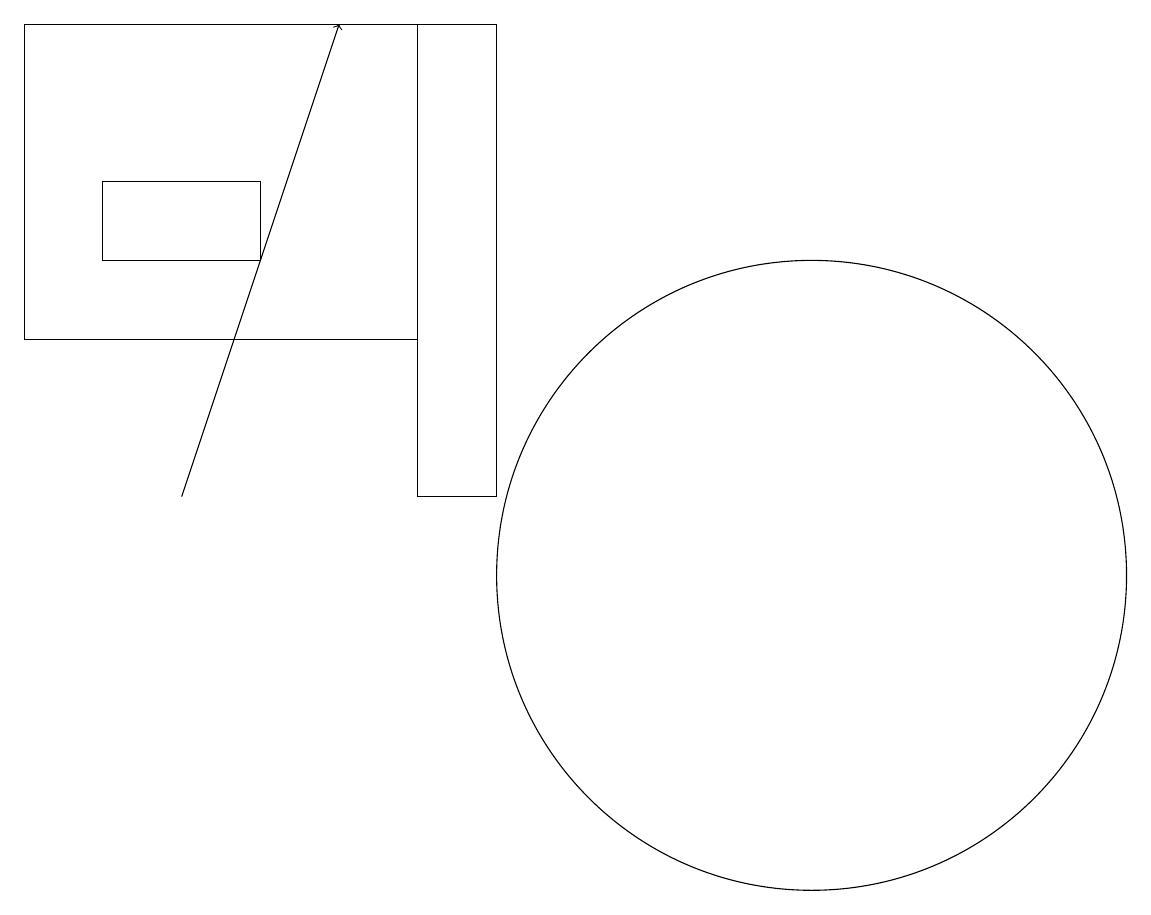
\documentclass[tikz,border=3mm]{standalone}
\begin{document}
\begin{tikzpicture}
\draw[->] (4,12) -- (6,18);
\draw (8,12) rectangle (7,18);
\draw (11,11) circle (0);
\draw (3,15) rectangle (5,16);
\draw (12,11) circle (4);
\draw (7,14) rectangle (2,18);
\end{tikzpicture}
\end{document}